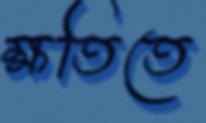
ক্ষতিতে